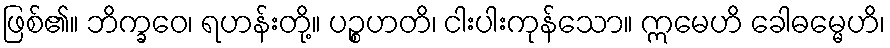
ဖြစ်၏။ ဘိက္ခဝေ၊ ရဟန်းတို့။ ပဉ္စဟတိ၊ ငါးပါးကုန်သော။ ဣမေဟိ ခေါဓမ္မေဟိ၊